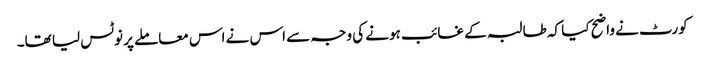
کورٹ نے واضح کیا کہ طالبہ کے غائب ہونے کی وجہ سے اس نے اس معاملے پر نوٹس لیا تھا۔